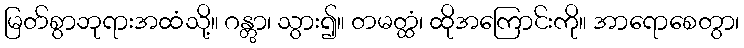
မြတ်စွာဘုရားအထံသို့။ ဂန္တွာ၊ သွား၍။ တမတ္ထံ၊ ထိုအကြောင်းကို။ အာရောစေတွာ၊